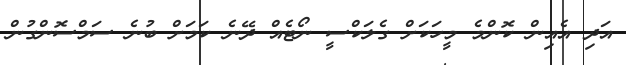
އަދި އެއިން ކޮންމެ މީހަކަށް ގެލަކްސީ ނޯޓެއް ދޭނެ ކަމަށް ބުނެ ސަމްސޮންގުން